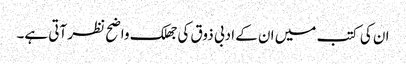
ان کی کتب میں ان کے ادبی ذوق کی جھلک واضح نظر آتی ہے۔